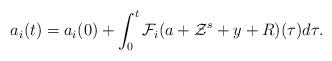
LaTeX: \begin{align*}a_{i}(t)=a_{i}(0)+\int_{0}^{t}\mathcal{F}_{i}(a+\mathcal{Z}^{s}+y+R)(\tau)d\tau . \end{align*}